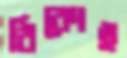
ঠিকোই